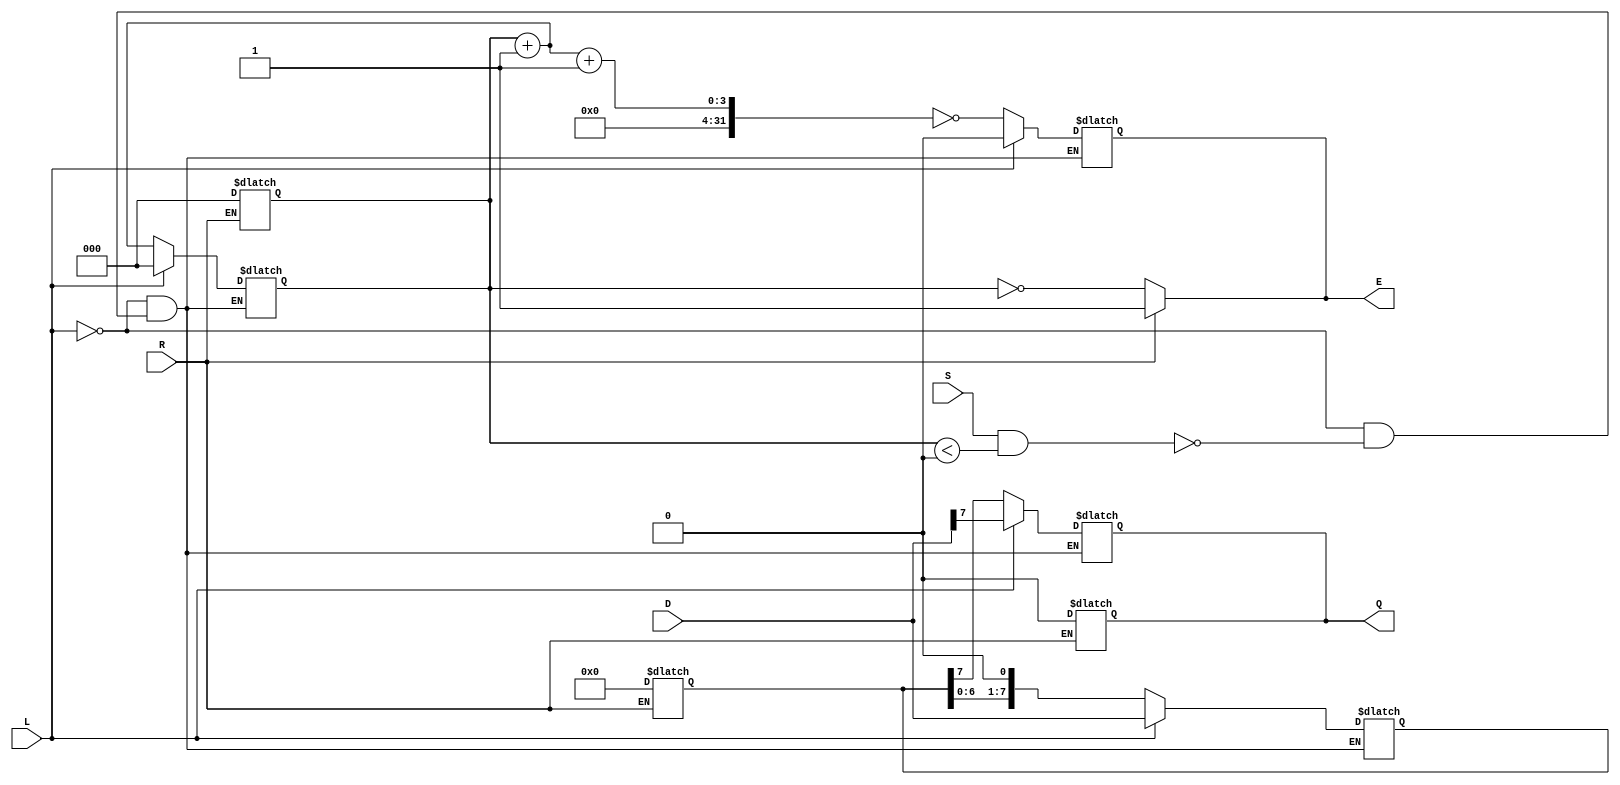
module piso_register (
    input wire [7:0] D,       // 8-bit parallel data input
    input wire L,             // Load signal
    input wire S,             // Shift signal
    input wire R,             // Asynchronous reset
    output reg Q,             // Serial output
    output reg E              // Empty flag
);
    reg [7:0] SR;             // Shift register (8 bits)
    reg [2:0] CNT;            // 3-bit counter to track number of bits shifted out

    // Asynchronous reset
    always @(*) begin
        if (R) begin
            SR = 8'b0;        // Clear the shift register
            CNT = 3'b0;      // Reset the counter
            Q = 1'b0;        // Serial output can be set to 0
            E = 1'b1;        // Set empty flag to high on reset
        end
        else begin
            // Default values
            Q = Q;            // Hold current Q value unless shifted
            E = (CNT == 3'd8); // Update empty flag if all bits shifted out
        end
    end

    // Load or Shift operation
    always @(*) begin
        if (L) begin
            SR = D;            // Load data into shift register
            CNT = 3'b0;        // Reset the counter when loading
            Q = SR[7];         // Output the MSB of the shift register
            E = 1'b0;          // Set empty flag to low when data loaded
        end
        else if (S && (CNT < 3'd8)) begin
            Q = SR[7];         // Shift out the MSB
            SR = {SR[6:0], 1'b0}; // Shift data to the right
            CNT = CNT + 1;     // Increment the counter
            E = (CNT + 1 == 3'd8); // Update empty flag when appropriate
        end
    end
endmodule